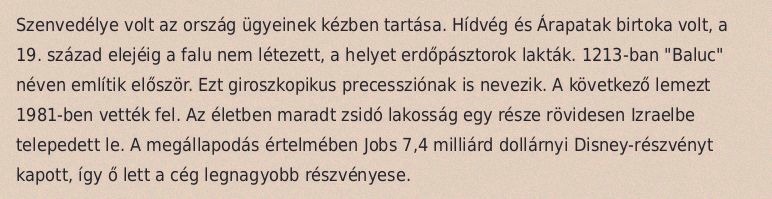
Szenvedélye volt az ország ügyeinek kézben tartása. Hídvég és Árapatak birtoka volt, a 19. század elejéig a falu nem létezett, a helyet erdőpásztorok lakták. 1213-ban "Baluc" néven említik először. Ezt giroszkopikus precessziónak is nevezik. A következő lemezt 1981-ben vették fel. Az életben maradt zsidó lakosság egy része rövidesen Izraelbe telepedett le. A megállapodás értelmében Jobs 7,4 milliárd dollárnyi Disney-részvényt kapott, így ő lett a cég legnagyobb részvényese.